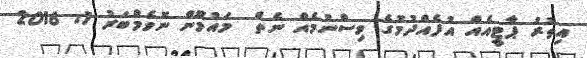
އިތުރު ޕާޓީއެއް އުފެއްދުމުގެ ވިސްނުމެއް ނެތް  މައުމޫން ނޮވެމްބަރު 1